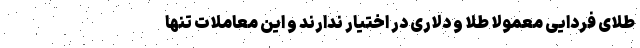
طلای فردایی معمولا طلا و دلاری در اختیار ندارند و این معاملات تنها